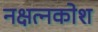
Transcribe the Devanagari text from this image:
नक्षत्नकोश